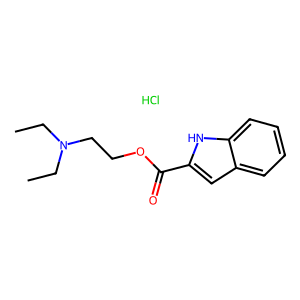
SMILES: CCN(CC)CCOC(=O)c1cc2ccccc2[nH]1.Cl
Inhibits HIV replication: No